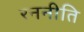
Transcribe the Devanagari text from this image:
रननीति